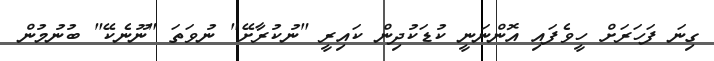
ގިނަ ފަހަރަށް ހީވެފައި އޮންނަނީ ކުޑަކުދިން ކައިރީ "ނުކުރާށޭ" ނުވަތަ "ނޫނެކޭ" ބުނުމުން